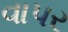
વાપર